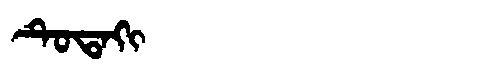
Manchu: ᡨᡠᡨᠠᡴᡳ
Romanization: TUTAKI